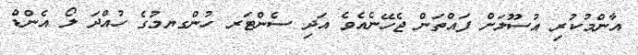
އާންމުކުރި އުސޫލަށް ފައްތަން ޖެހޭނެއެވެ އަދި ސެންޓަރ ހުންގޔމުގެ ހުއްދަ ލޯ އެންޑް